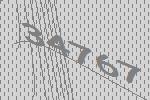
34767